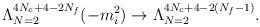
LaTeX: \begin{align*}\Lambda^{4N_c+4-2N_f}_{N=2}(-m_i^2)\rightarrow \Lambda^{4N_c+4-2(N_f-1)}_{N=2}.\end{align*}